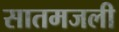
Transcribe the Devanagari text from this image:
सातमजली